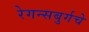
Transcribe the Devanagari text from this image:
रेगन्सबुर्गचे